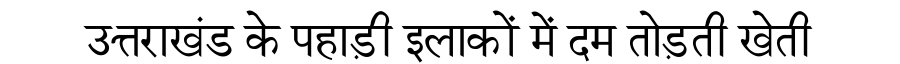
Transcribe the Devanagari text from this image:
उत्तराखंड के पहाड़ी इलाकों में दम तोड़ती खेती